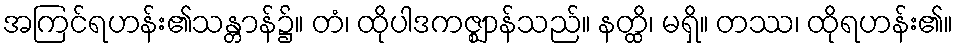
အကြင်ရဟန်း၏သန္တာန်၌။ တံ၊ ထိုပါဒကဇ္ဈာန်သည်။ နတ္ထိ၊ မရှိ။ တဿ၊ ထိုရဟန်း၏။